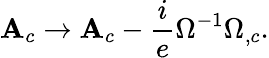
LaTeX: \mathbf{A}_{c}\rightarrow\mathbf{A}_{c}-\frac{{i}}{{e}}\Omega^{-1}\Omega_{,c}.